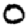
Digit: 0